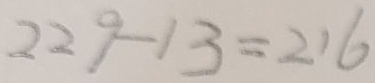
2 2 9 - 1 3 = 2 1 6